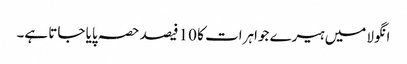
انگولا میں ہیرے جواہرات کا 10 فیصد حصہ پایا جاتا ہے۔